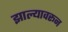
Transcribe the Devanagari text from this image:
झाल्यावरून